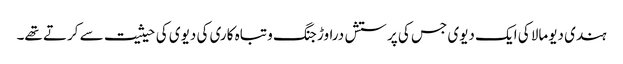
ہندی دیومالا کی ایک دیوی جس کی پرستش دراوڑ جنگ و تباہ کاری کی دیوی کی حیثیت سے کرتے تھے۔